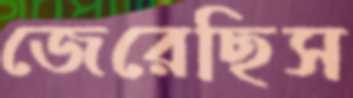
জেরেছিস